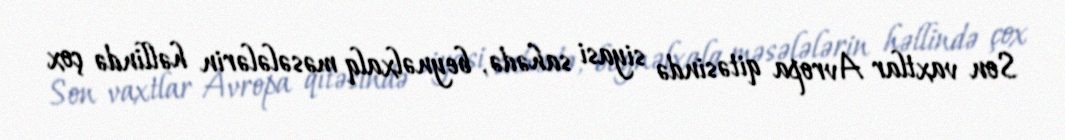
Son vaxtlar Avropa qitəsində siyasi sahədə, beynəlxalq məsələlərin həllində çox